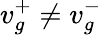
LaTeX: v_{g}^{+}\neq v_{g}^{-}